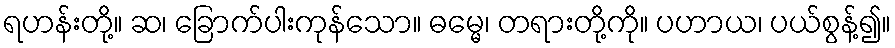
ရဟန်းတို့။ ဆ၊ ခြောက်ပါးကုန်သော။ ဓမ္မေ၊ တရားတို့ကို။ ပဟာယ၊ ပယ်စွန့်၍။